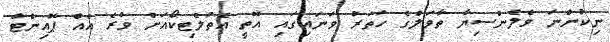
ނިކުންނަ ވެލެންސިޔާ ތާވަލްގެ ހަތަރު ވަނައިގައި އޮތީ އެތުލެޓިކޯއަށް ވުރެ އެއް ޕޮއިންޓް